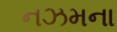
નઝમના